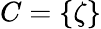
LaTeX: C=\{ \zeta\}